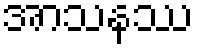
အာသနဿ